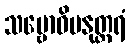
သမ္ဗောဓိမနုတ္တရံ